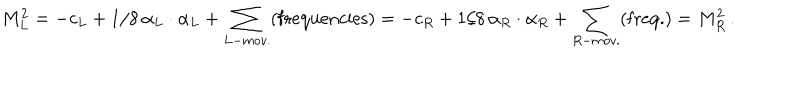
M _ { L } ^ { 2 } = - c _ { L } + 1 / 8 \, \alpha _ { L } \cdot \alpha _ { L } + \sum _ { L - m o v . } ( \mathrm { f r e q u e n c i e s } ) = - c _ { R } + 1 / 8 \, \alpha _ { R } \cdot \alpha _ { R } + \sum _ { R - m o v . } ( \mathrm { f r e q . } ) = M _ { R } ^ { 2 } \, .